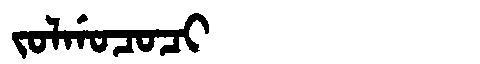
Manchu: ᠵᠣᠯᡤᠣᠴᠣᠴᡳ
Romanization: JOLGOCOCI